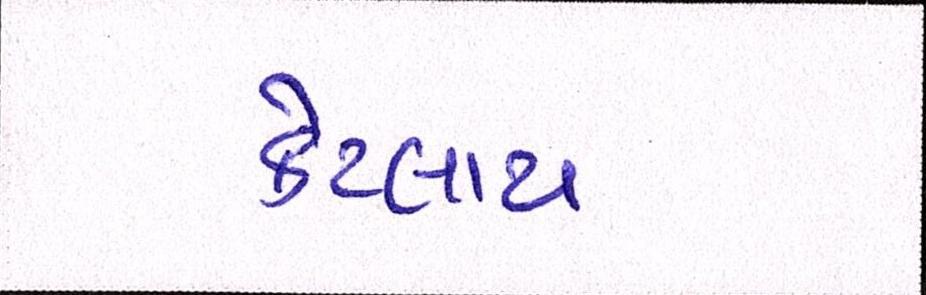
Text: કેટલાય